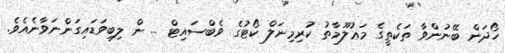
ހޯދަން ބޭނުންވާ ތަކެތީގެ މަޢުލޫމާތު ކުރިމިނަލް ކޯޓުގެ ވެބްސައިޓް ... ން ލިބިވަޑައިގަންނަވާނެއެވެ.